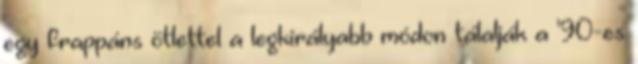
egy frappáns ötlettel a legkirályabb módon tálalják a '90-es